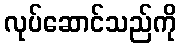
လုပ်ဆောင်သည်ကို